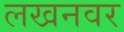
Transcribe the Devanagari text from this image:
लखनवर